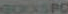
GOSPO